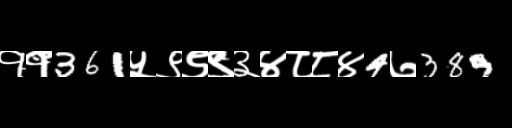
Text: ११361५९९९३४८८४4७389